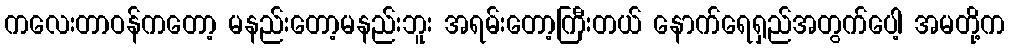
ကလေးတာဝန်ကတော့ မနည်းတော့မနည်းဘူး အရမ်းတော့ကြီးတယ် နောက်ရေရှည်အတွက်ပေါ့ အမတို့က